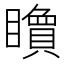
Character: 𥌔